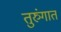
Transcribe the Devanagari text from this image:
तुरुंंगात